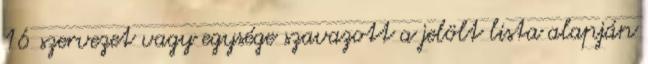
16 szervezet vagy egysége szavazott a jelölt lista alapján